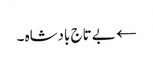
← بے تاج بادشاہ ۔